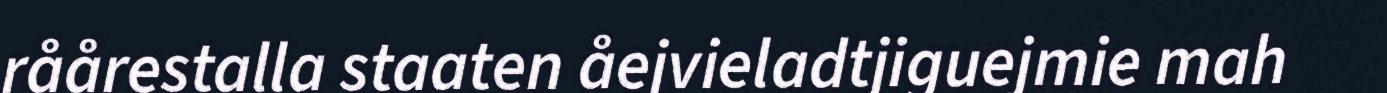
råårestalla staaten åejvieladtjiguejmie mah